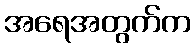
အရေအတွက်က